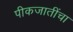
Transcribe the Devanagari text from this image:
पीकजातींचा